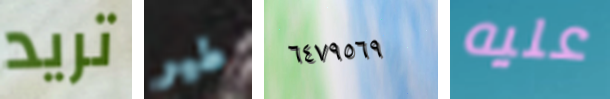
تريد طير ٦٤٧٩٥٦٩ عليه